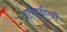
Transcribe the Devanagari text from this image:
आयएईएची